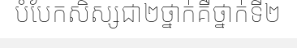
បំបែកសិស្សជា២ថ្នាក់គឺថ្នាក់ទី២